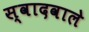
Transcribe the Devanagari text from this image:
स्वादवाले